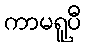
ကာမရူပီ